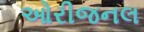
ઓરીજનલ